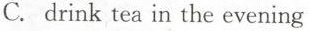
C. drink tea in the evening